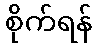
စိုက်ရန်